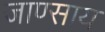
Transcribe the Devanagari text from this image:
जाण्साय